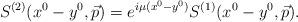
LaTeX: \begin{align*}S^{(2)} (x^0 - y^0, \vec{p}) = e^{i \mu (x^0 - y^0)} S^{(1)} (x^0 - y^0, \vec{p}) .\end{align*}